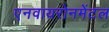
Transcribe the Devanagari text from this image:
एनवायरोनमेंटल